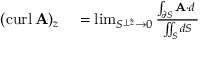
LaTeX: \begin{array} { r l } { ( \operatorname { c u r l } \mathbf { A } ) _ { z } } & { { } = \operatorname* { l i m } _ { S ^ { \perp { \boldsymbol { \hat { z } } } } \to 0 } { \frac { \int _ { \partial S } \mathbf { A } \cdot d \mathbf { \ell } } { \iint _ { S } d S } } } \end{array}